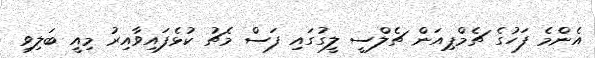
އެންމެ ފަހުގެ ޗެމްޕިއަން ޗެލްސީ ލީގުގައި ފަސް މެޗު ކުޅެފައިވާއިރު މިއީ ބަލިވި